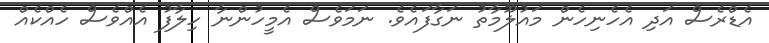
އެޑްރެސް އަދި އެހެނިހެން މައުލޫމާތު ނަގާފައެވެ. ނަމަވެސް އެމީހުންނާ ހިލާފު އެއްވެސް ހެއްކެއް